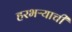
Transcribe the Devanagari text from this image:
हरभऱ्याची